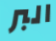
البر